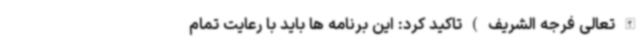
الله تعالی فرجه الشریف ) تاکید کرد: این برنامه ها باید با رعایت تمام